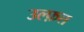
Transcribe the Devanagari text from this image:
उल्फ़त